Vital statistics of India. Vol. VI, European troops 1870-79
Year: 1870
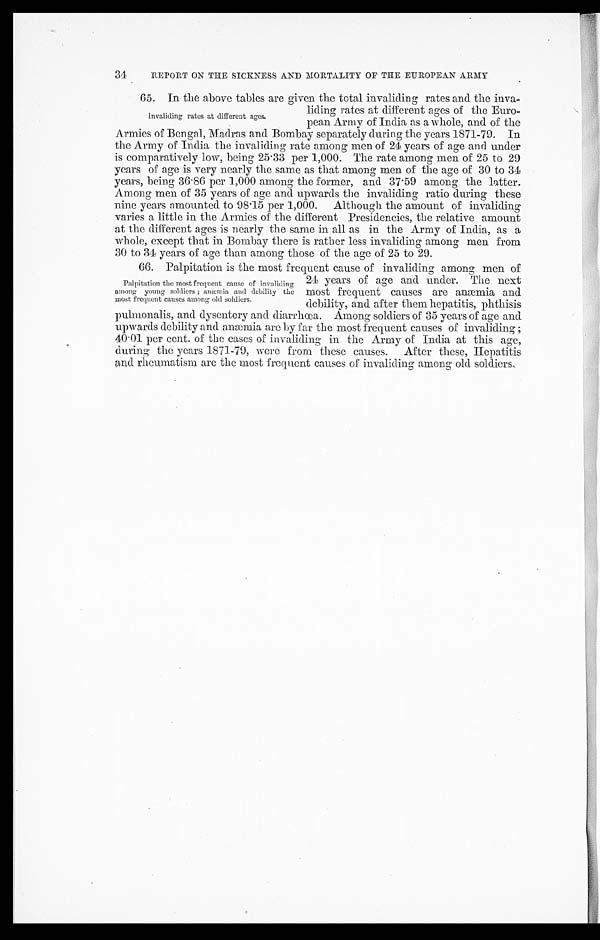
REPORT ON THE SICKNESS AND MORTALITY OF THE EUROPEAN ARMY
65. In the above tables are given the total invaliding rates and the inva-
Invaliding rates at different ages.
liding rates at different ages of the Euro-
nean Army of India as a whole. and of the
Armies of Bengal, Madras and Bombay separately during the years 1871-79. In
the Army of India the invaliding rate among men of 24 years of age and under
is comparatively low, being 25.33 per 1,000. The rate among men of 25 to 29
years of age is very nearly the same as that among men of the age of 30 to 31
years, being 36.86 per 1,000 among the former, and 37.59 among the latter.
Among men of 35 years of age and upwards the invaliding ratio during these
nine years amounted to 98.15 per 1,000. Although the amount of invaliding
varies a little in the Armies of the different Presidencies, the relative amount
at the different ages is nearly the same in all as in the Army of India, as a
whole, except that in. Bombay there is rather less invaliding among men from
30 to 34 years of age than among those of the age of 25 to 29.
66. Palpitation is the most frequent cause of invaliding among men of
24 years of age and under. The next
most frequent causes are anæmia and
debility, and after them hepatitis. nhthisis
pulmonalis, and dysentery and diarrhœa. Among soldiers of 35 years of age and
upwards debility and anæmia are by far the most frequent causes of invaliding ;
40.01 per cent. of the eases of invaliding in the Army of India at this age,
during the years 1871-79, were from these causes. After these, Hepatitis
and rheumatism are the most frequent causes of invaliding among old soldiers,
Palpitation the most frequent cause of invaliding
among young soldiers ; anæmia and debility the
most; frequent causes among old soldiers.